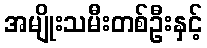
အမျိုးသမီးတစ်ဦးနှင့်